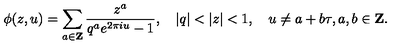
\phi ( z , u ) = \sum _ { a \in { \bf Z } } \frac { z ^ { a } } { q ^ { a } e ^ { 2 \pi i u } - 1 } , \quad | q | < | z | < 1 , \quad u \neq a + b \tau , a , b \in { \bf Z } .